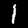
Label: 1